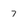
Character: 7